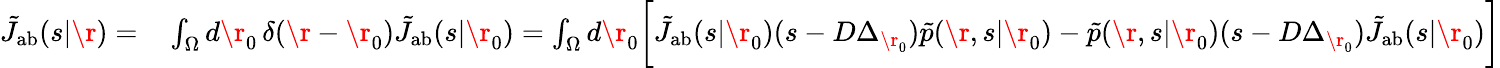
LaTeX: \begin{array}{rl}{\tilde{J}_{\mathrm{{ab}}}(s|\r)=}&{{}\int_{\Omega}d\r_{0}\, \delta(\r-\r_{0})\tilde{J}_{\mathrm{{ab}}}(s|\r_{0})=\int_{\Omega}d\r_{0}\biggl[\tilde{J}_{\mathrm{{ab}}}(s|\r_{0})(s-D\Delta_{\r_{0}})\tilde{p}(\r,s|\r_{0})-\tilde{p}(\r,s|\r_{0})(s-D\Delta_{\r_{0}})\tilde{J}_{\mathrm{{ab}}}(s|\r_{0})\biggr]}\end{array}